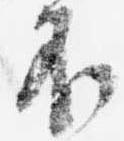
不